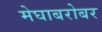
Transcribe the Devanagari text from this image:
मेघाबरोबर